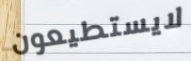
لايستطيعون